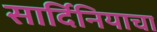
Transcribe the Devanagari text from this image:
सार्दिनियाचा